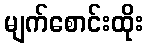
မျက်စောင်းထိုး